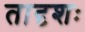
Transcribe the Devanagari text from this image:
तादृशः